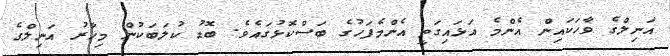
އަނިލްގެ ވާހަކައިން އެންމެ އަޅައިގަތީ އެންމެފަހުގެ ބަސްކޮޅުގައެވެ. ބޮޑު ކުލަބަކުން މިހާރު އަނިލްގެ